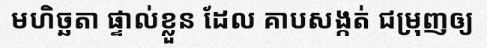
មហិច្ឆតា ផ្ទាល់ខ្លួន ដែល គាបសង្កត់ ជម្រុញឲ្យ